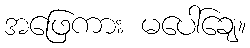
အဖြေကား မပေါ်ချေ။